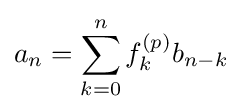
a_{n}=\sum _{k=0}^{n}f_{k}^{(p)}b_{n-k}